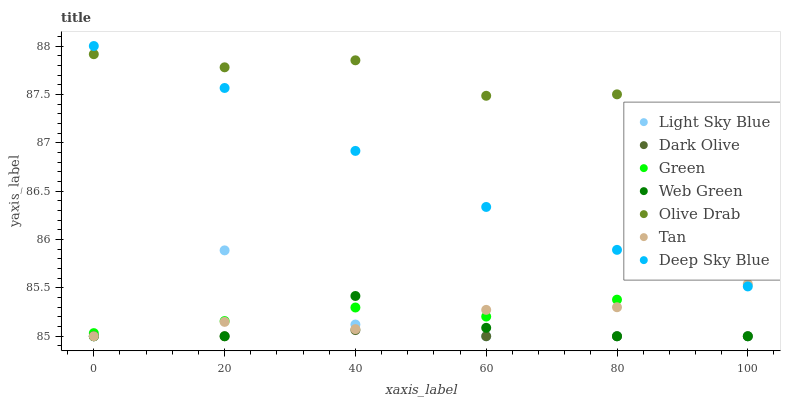
| xaxis_label | Light Sky Blue | Dark Olive | Green | Web Green | Olive Drab | Tan | Deep Sky Blue |
 | --- | --- | --- | --- | --- | --- | --- | --- |
 | 0 | 85 | 85 | 85 | 85 | 87.9 | 85 | 88 |
 | 20 | 85.9 | 85 | 85.2 | 85 | 87.8 | 85.1 | 87.6 |
 | 40 | 85.1 | 85.1 | 85.3 | 85.4 | 87.9 | 85.1 | 86.9 |
 | 60 | 85 | 85 | 85.2 | 85.1 | 87.5 | 85.3 | 86.3 |
 | 80 | 85 | 85 | 85.4 | 85 | 87.5 | 85.3 | 85.9 |
 | 100 | 85 | 85 | 85.7 | 85 | 87.4 | 85.5 | 85.5 |